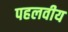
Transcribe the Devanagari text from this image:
पहलवीय